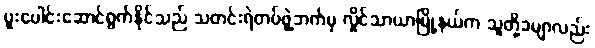
ပူးပေါင်းဆောင်ရွက်နိုင်သည် သတင်းရဲတပ်ဖွဲ့ဘက်မှ လှိုင်သာယာမြို့နယ်က သူတို့ခမျာလည်း